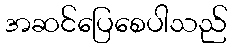
အဆင်ပြေစေပါသည်